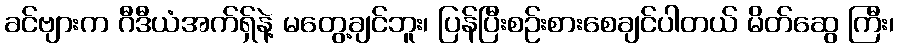
ခင်ဗျားက ဂီဒီယံအက်ရှ်နဲ့ မတွေ့ချင်ဘူး၊ ပြန်ပြီးစဉ်းစားစေချင်ပါတယ် မိတ်ဆွေ ကြီး၊